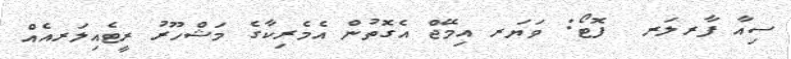
ސިއާ ފާރލަރ  ފޮޓޯ: ވަޔަރ އިމޭޖް އެގޮތުން އެމެރިކާގެ މަޝްހޫރު ރީޓެއިލަރއެއް